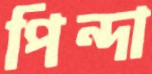
পিন্দা